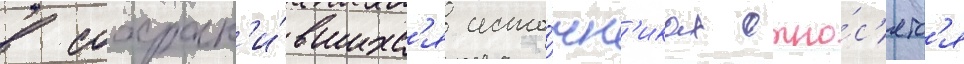
в сохран'и́вшихс'я исто́чн'иках отно́с'ятс'я